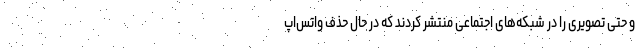
و حتی تصویری را در شبکه‌های اجتماعی منتشر کردند که در حال حذف واتس‌اپ